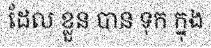
ដែល ខ្លួន បាន ទុក ក្នុង